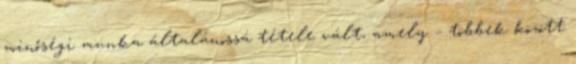
minőségi munka általánossá tétele vált, amely – többek között